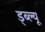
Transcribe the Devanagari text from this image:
ड्ब्ल्यू